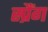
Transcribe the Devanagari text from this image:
स्प्रैंग